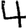
Digit: 4